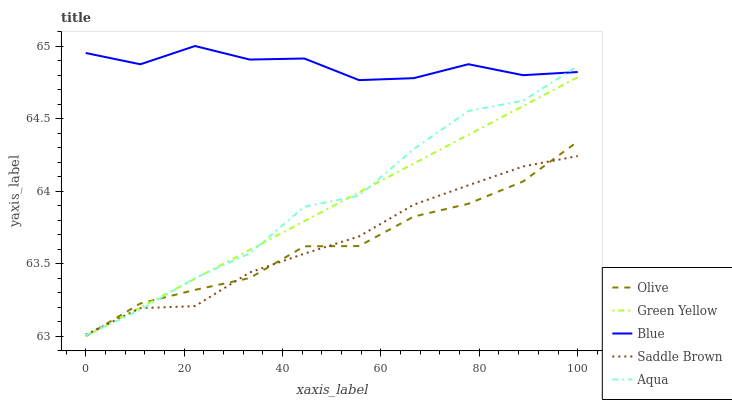
| xaxis_label | Olive | Green Yellow | Blue | Saddle Brown | Aqua |
 | --- | --- | --- | --- | --- | --- |
 | 0 | 63 | 63 | 65 | 63 | 63 |
 | 11.1 | 63.2 | 63.2 | 64.9 | 63.2 | 63.2 |
 | 22.2 | 63.3 | 63.4 | 65 | 63.2 | 63.4 |
 | 33.3 | 63.4 | 63.6 | 64.9 | 63.4 | 63.6 |
 | 44.4 | 63.6 | 63.8 | 64.9 | 63.6 | 63.9 |
 | 55.6 | 63.6 | 64 | 64.8 | 63.7 | 64 |
 | 66.7 | 63.8 | 64.2 | 64.8 | 63.9 | 64.3 |
 | 77.8 | 63.9 | 64.4 | 64.9 | 64 | 64.6 |
 | 88.9 | 64.1 | 64.6 | 64.8 | 64.2 | 64.6 |
 | 100 | 64.3 | 64.8 | 64.8 | 64.2 | 64.9 |